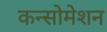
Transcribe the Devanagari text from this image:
कन्सोमेशन